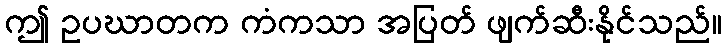
ဤ ဥပဃာတက ကံကသာ အပြတ် ဖျက်ဆီးနိုင်သည်။